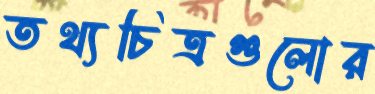
তথ্যচিত্রগুলোর